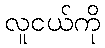
လူငယ်ကို